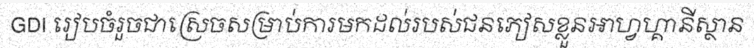
GDI រៀបចំរួចជាស្រេចសម្រាប់ការមកដល់របស់ជនភៀសខ្លួនអាហ្វហ្គានីស្ថាន